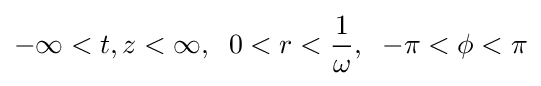
-\infty <t,z<\infty ,\;\;0<r<{\frac {1}{\omega }},\;\;-\pi <\phi <\pi